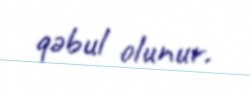
qəbul olunur.